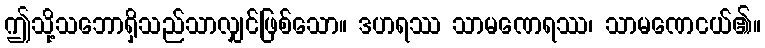
ဤသို့သဘောရှိသည်သာလျှင်ဖြစ်သော။ ဒဟရဿ သာမဏေရဿ၊ သာမဏေငယ်၏။